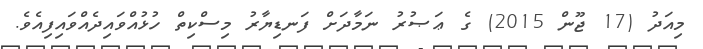
މިއަދު (17 ޖޫން 2015) ގެ ޢަޞުރު ނަމާދަށް ފަނޑިޔާރު މިސްކިތް ހުޅުއްވައިދެއްވައިފިއެވެ.